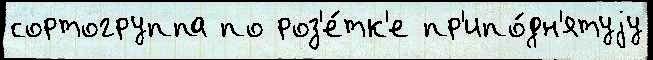
сортогруппа по роз'е́тк'е пр'ипо́дн'ятуjу